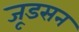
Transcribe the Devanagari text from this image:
जूडसन